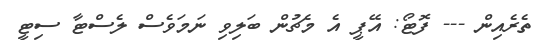
ތެރެއިން --- ފޮޓޯ: އޭޕީ އެ މެޗުން ބަލިވި ނަމަވެސް ލެސްޓާ ސިޓީ